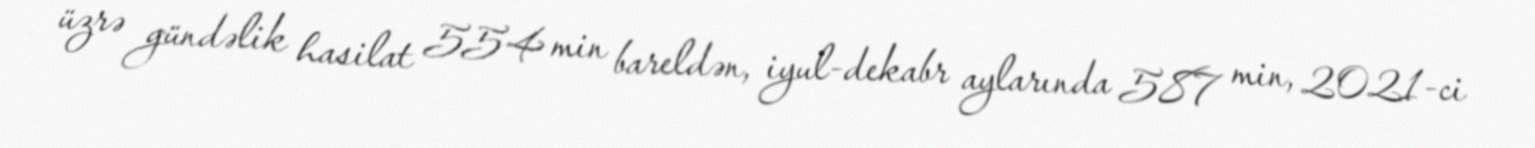
üzrə gündəlik hasilat 554 min bareldən, iyul-dekabr aylarında 587 min, 2021-ci